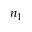
n _ { 1 }